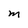
Character: m